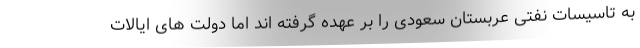
به تاسیسات نفتی عربستان سعودی را بر عهده گرفته اند اما دولت های ایالات